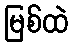
မြစ်ထဲ